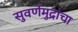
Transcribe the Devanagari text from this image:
सुवर्णमुद्रांचा